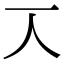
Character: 𠆣